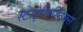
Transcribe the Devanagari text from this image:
स्टाइलिस्टिक्स